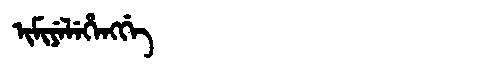
Manchu: ᡳᠮᡳᠶᡝᠯᡝᡥᡝᠩᡤᡝ
Romanization: IMIYELEHENGGE